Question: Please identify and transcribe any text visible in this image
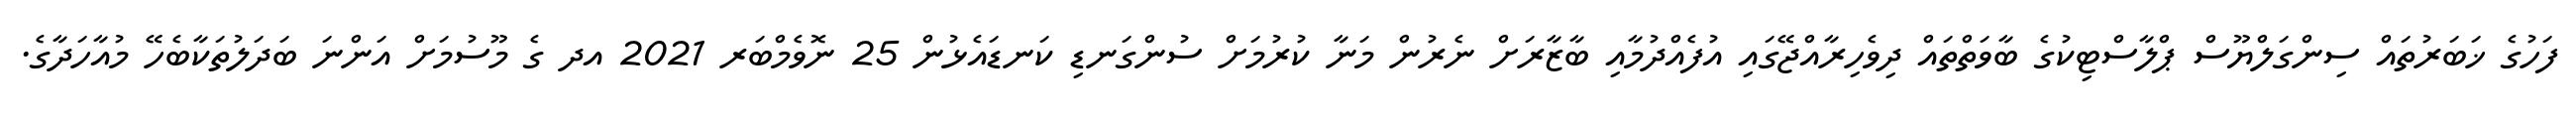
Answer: ފަހުގެ ޚަބަރުތައް ސިންގަލްޔޫސް ޕްލާސްޓިކުގެ ބާވަތްތައް ދިވެހިރާއްޖޭގައި އުފެއްދުމާއި ބާޒާރަށް ނެރުން މަނާ ކުރުމަށް ސުންގަނޑި ކަނޑައެޅުން 25 ނޮވެމްބަރ 2021 އދ ގެ މޫސުމަށް އަންނަ ބަދަލުތަކާބެހޭ މުއާހަދާގެ.